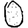
Digit: 0